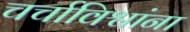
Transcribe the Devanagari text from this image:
चर्चाविश्वांना